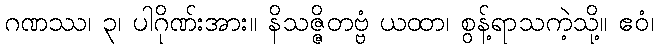
ဂဏဿ၊ ၃၊ ပါဂိုဏ်းအား။ နိသဇ္ဇိတဗ္ဗံ ယထာ၊ စွန့်ရာသကဲ့သို့။ ဧဝံ၊